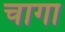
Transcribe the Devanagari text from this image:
चागा